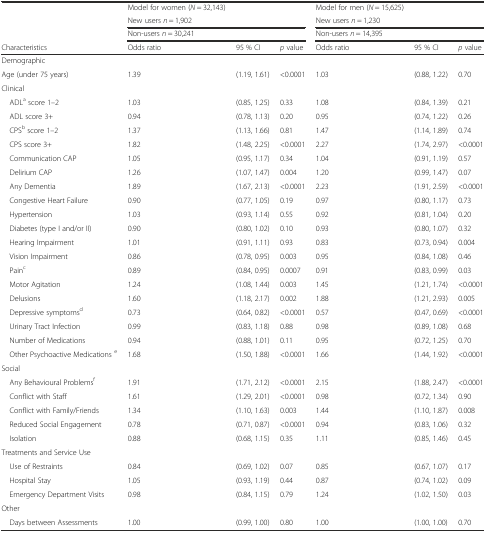
<table><thead><tr><td rowspan="3"></td><td><b>Model for women (<i>N</i> = 32,143)</b></td><td></td><td></td><td><b>Model for men (<i>N</i> = 15,625)</b></td><td></td><td></td></tr><tr><td colspan="3"><b>New users <i>n</i> = 1,902</b></td><td colspan="3"><b>New users <i>n</i> = 1,230</b></td></tr><tr><td colspan="3"><b>Non-users <i>n</i> = 30,241</b></td><td colspan="3"><b>Non-users <i>n</i> = 14,395</b></td></tr><tr><td><b>Characteristics</b></td><td><b>Odds ratio</b></td><td><b>95 % CI</b></td><td><b><i>p</i> value</b></td><td><b>Odds ratio</b></td><td><b>95 % CI</b></td><td><b><i>p</i> value</b></td></tr></thead><tbody><tr><td>Demographic</td><td></td><td></td><td></td><td></td><td></td><td></td></tr><tr><td>Age (under 75 years)</td><td>1.39</td><td>(1.19, 1.61)</td><td>&lt;0.0001</td><td>1.03</td><td>(0.88, 1.22)</td><td>0.70</td></tr><tr><td>Clinical</td><td></td><td></td><td></td><td></td><td></td><td></td></tr><tr><td> ADL<sup>a</sup> score 1–2</td><td>1.03</td><td>(0.85, 1.25)</td><td>0.33</td><td>1.08</td><td>(0.84, 1.39)</td><td>0.21</td></tr><tr><td> ADL score 3+</td><td>0.94</td><td>(0.78, 1.13)</td><td>0.20</td><td>0.95</td><td>(0.74, 1.22)</td><td>0.26</td></tr><tr><td> CPS<sup>b</sup> score 1–2</td><td>1.37</td><td>(1.13, 1.66)</td><td>0.81</td><td>1.47</td><td>(1.14, 1.89)</td><td>0.74</td></tr><tr><td> CPS score 3+</td><td>1.82</td><td>(1.48, 2.25)</td><td>&lt;0.0001</td><td>2.27</td><td>(1.74, 2.97)</td><td>&lt;0.0001</td></tr><tr><td> Communication CAP</td><td>1.05</td><td>(0.95, 1.17)</td><td>0.34</td><td>1.04</td><td>(0.91, 1.19)</td><td>0.57</td></tr><tr><td> Delirium CAP</td><td>1.26</td><td>(1.07, 1.47)</td><td>0.004</td><td>1.20</td><td>(0.99, 1.47)</td><td>0.07</td></tr><tr><td> Any Dementia</td><td>1.89</td><td>(1.67, 2.13)</td><td>&lt;0.0001</td><td>2.23</td><td>(1.91, 2.59)</td><td>&lt;0.0001</td></tr><tr><td> Congestive Heart Failure</td><td>0.90</td><td>(0.77, 1.05)</td><td>0.19</td><td>0.97</td><td>(0.80, 1.17)</td><td>0.73</td></tr><tr><td> Hypertension</td><td>1.03</td><td>(0.93, 1.14)</td><td>0.55</td><td>0.92</td><td>(0.81, 1.04)</td><td>0.20</td></tr><tr><td> Diabetes (type I and/or II)</td><td>0.90</td><td>(0.80, 1.02)</td><td>0.10</td><td>0.93</td><td>(0.80, 1.07)</td><td>0.32</td></tr><tr><td> Hearing Impairment</td><td>1.01</td><td>(0.91, 1.11)</td><td>0.93</td><td>0.83</td><td>(0.73, 0.94)</td><td>0.004</td></tr><tr><td> Vision Impairment</td><td>0.86</td><td>(0.78, 0.95)</td><td>0.003</td><td>0.95</td><td>(0.84, 1.08)</td><td>0.46</td></tr><tr><td> Pain<sup>c</sup></td><td>0.89</td><td>(0.84, 0.95)</td><td>0.0007</td><td>0.91</td><td>(0.83, 0.99)</td><td>0.03</td></tr><tr><td> Motor Agitation</td><td>1.24</td><td>(1.08, 1.44)</td><td>0.003</td><td>1.45</td><td>(1.21, 1.74)</td><td>&lt;0.0001</td></tr><tr><td> Delusions</td><td>1.60</td><td>(1.18, 2.17)</td><td>0.002</td><td>1.88</td><td>(1.21, 2.93)</td><td>0.005</td></tr><tr><td> Depressive symptoms<sup>d</sup></td><td>0.73</td><td>(0.64, 0.82)</td><td>&lt;0.0001</td><td>0.57</td><td>(0.47, 0.69)</td><td>&lt;0.0001</td></tr><tr><td> Urinary Tract Infection</td><td>0.99</td><td>(0.83, 1.18)</td><td>0.88</td><td>0.98</td><td>(0.89, 1.08)</td><td>0.68</td></tr><tr><td> Number of Medications</td><td>0.94</td><td>(0.88, 1.01)</td><td>0.11</td><td>0.95</td><td>(0.72, 1.25)</td><td>0.70</td></tr><tr><td> Other Psychoactive Medications <sup>e</sup></td><td>1.68</td><td>(1.50, 1.88)</td><td>&lt;0.0001</td><td>1.66</td><td>(1.44, 1.92)</td><td>&lt;0.0001</td></tr><tr><td>Social</td><td></td><td></td><td></td><td></td><td></td><td></td></tr><tr><td> Any Behavioural Problems<sup>f</sup></td><td>1.91</td><td>(1.71, 2.12)</td><td>&lt;0.0001</td><td>2.15</td><td>(1.88, 2.47)</td><td>&lt;0.0001</td></tr><tr><td> Conflict with Staff</td><td>1.61</td><td>(1.29, 2.01)</td><td>&lt;0.0001</td><td>0.98</td><td>(0.72, 1.34)</td><td>0.90</td></tr><tr><td> Conflict with Family/Friends</td><td>1.34</td><td>(1.10, 1.63)</td><td>0.003</td><td>1.44</td><td>(1.10, 1.87)</td><td>0.008</td></tr><tr><td> Reduced Social Engagement</td><td>0.78</td><td>(0.71, 0.87)</td><td>&lt;0.0001</td><td>0.94</td><td>(0.83, 1.06)</td><td>0.32</td></tr><tr><td> Isolation</td><td>0.88</td><td>(0.68, 1.15)</td><td>0.35</td><td>1.11</td><td>(0.85, 1.46)</td><td>0.45</td></tr><tr><td>Treatments and Service Use</td><td></td><td></td><td></td><td></td><td></td><td></td></tr><tr><td> Use of Restraints</td><td>0.84</td><td>(0.69, 1.02)</td><td>0.07</td><td>0.85</td><td>(0.67, 1.07)</td><td>0.17</td></tr><tr><td> Hospital Stay</td><td>1.05</td><td>(0.93, 1.19)</td><td>0.44</td><td>0.87</td><td>(0.74, 1.02)</td><td>0.09</td></tr><tr><td> Emergency Department Visits</td><td>0.98</td><td>(0.84, 1.15)</td><td>0.79</td><td>1.24</td><td>(1.02, 1.50)</td><td>0.03</td></tr><tr><td>Other</td><td></td><td></td><td></td><td></td><td></td><td></td></tr><tr><td> Days between Assessments</td><td>1.00</td><td>(0.99, 1.00)</td><td>0.80</td><td>1.00</td><td>(1.00, 1.00)</td><td>0.70</td></tr></tbody></table>